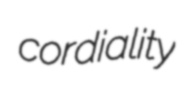
cordiality